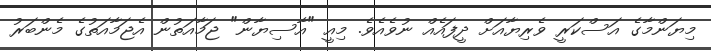
މިޔަންމާގެ އަސްކަރީ ވެރިޔާއަށް ދީފައެއް ނުވެއެވެ. މިއީ "އާސިޔާން" ޖަމާއަތުން އެޖަމާއަތުގެ މެންބަރު